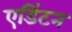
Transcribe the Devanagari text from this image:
एडिंटन